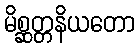
မိစ္ဆတ္တနိယတော